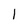
Character: 1